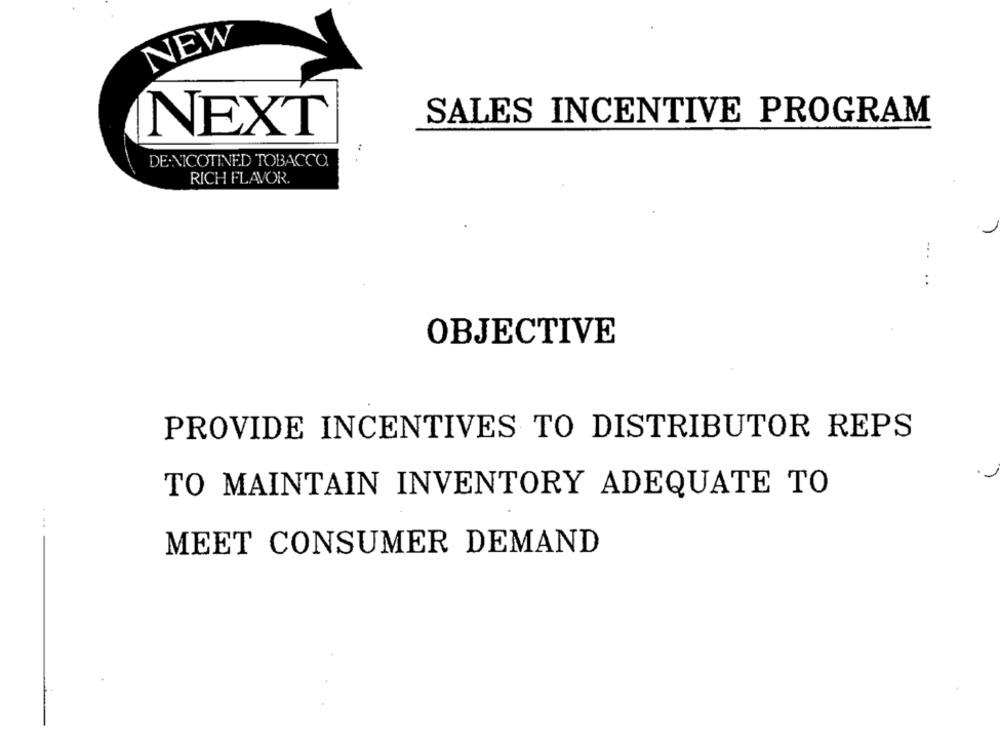
NEW
SALES INCENTIVE PROGRAM
NEXT
DE.NICOTINED TOBACCO.
RICH FLAVOR.
. .
OBJECTIVE
PROVIDE INCENTIVES TO DISTRIBUTOR REPS
TO MAINTAIN INVENTORY ADEQUATE TO
...
MEET CONSUMER DEMAND